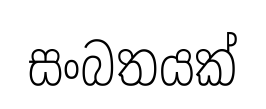
සංබතයක්